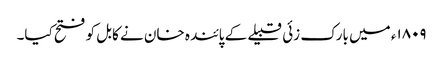
۱۸۰۹ء میں بارک زئی قبیلے کے پائندہ خان نے کابل کو فتح کیا۔